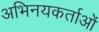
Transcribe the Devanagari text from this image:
अभिनयकर्ताओं